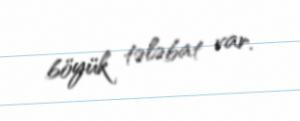
böyük tələbat var.